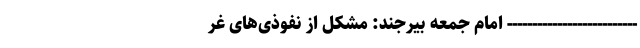
-------------------------- امام جمعه بیرجند: مشکل از نفوذی‌های غر